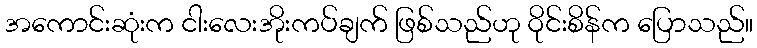
အကောင်းဆုံးက ငါးလေးအိုးကပ်ချက် ဖြစ်သည်ဟု ဝိုင်းစိန်က ပြောသည်။